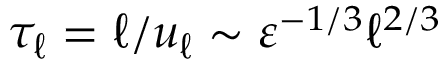
\tau _ { \ell } = \ell / u _ { \ell } \sim \varepsilon ^ { - 1 / 3 } \ell ^ { 2 / 3 }